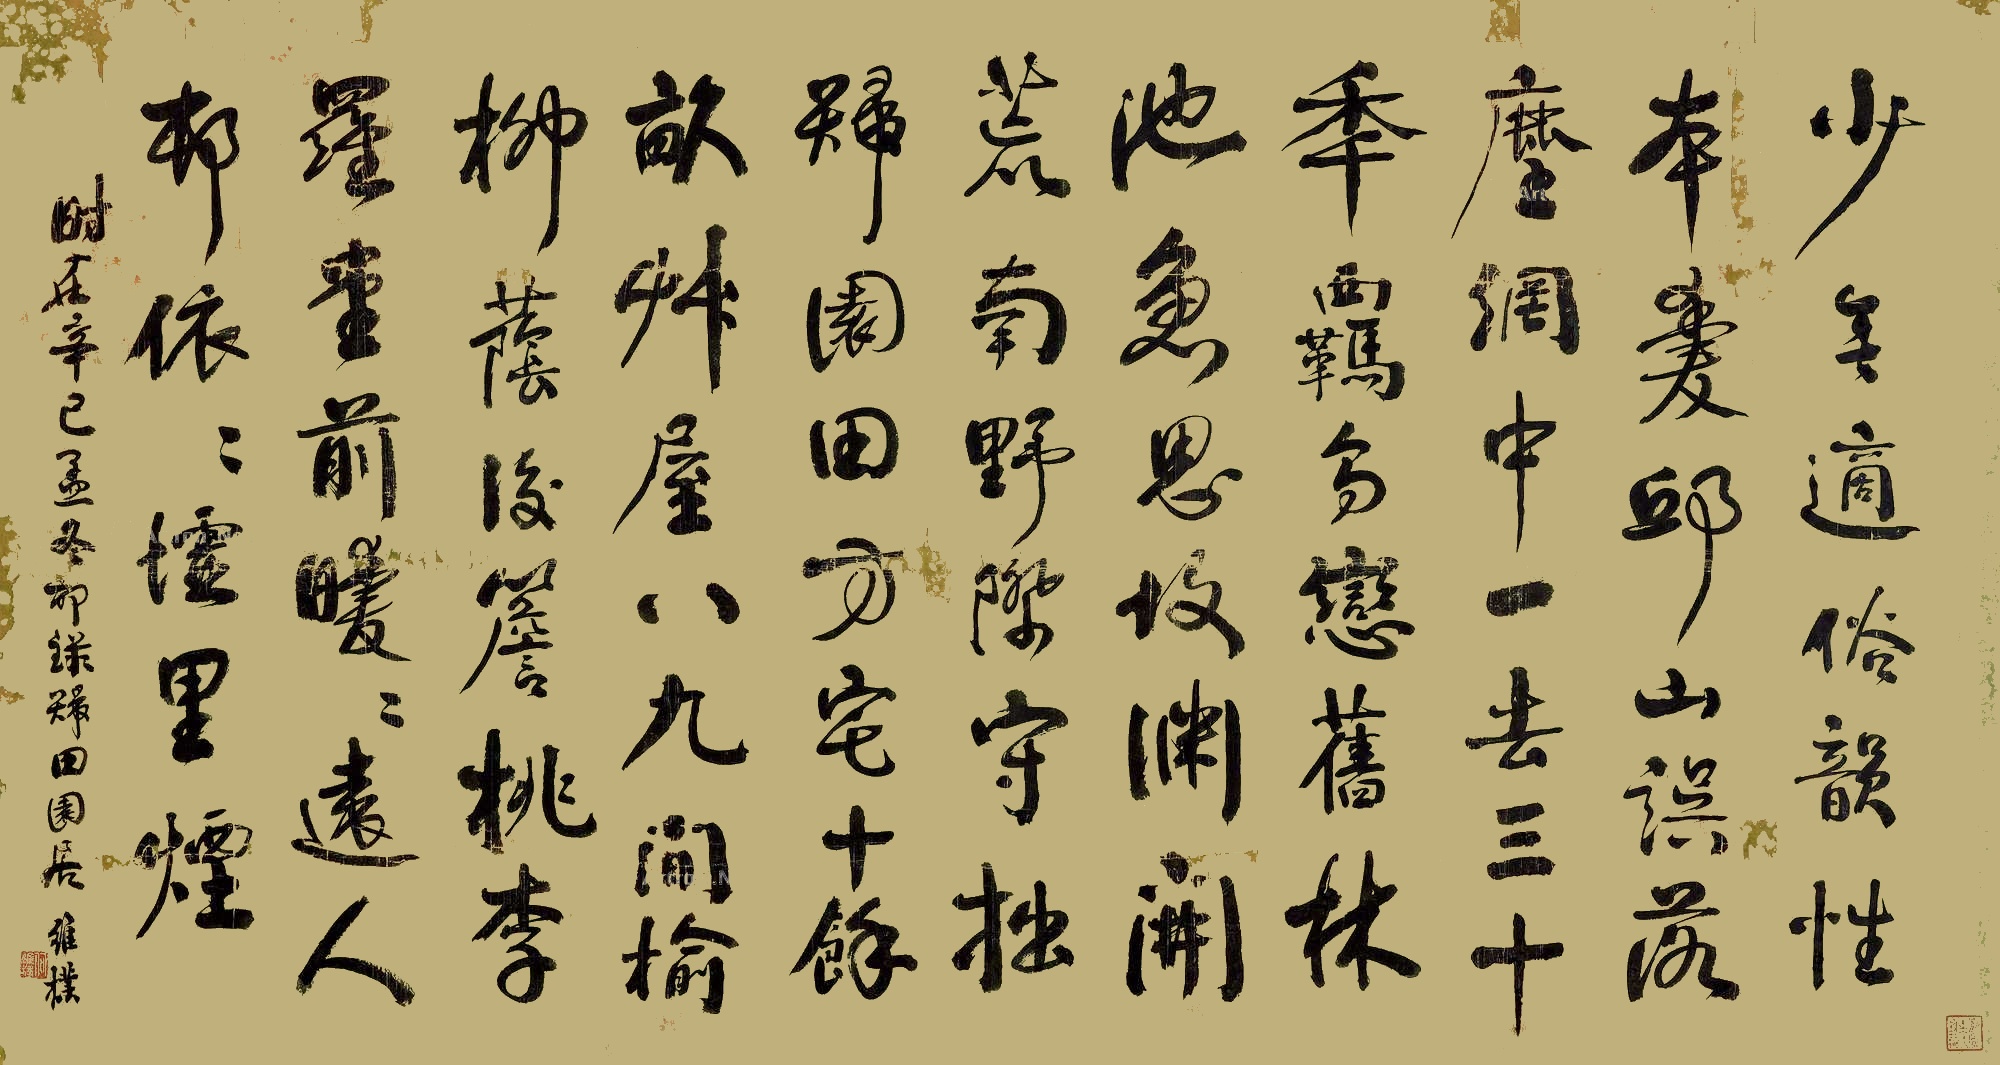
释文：少无适俗韵，性本爱丘山。误落尘网中，一去三十年。羁鸟恋旧林，池鱼思故渊。开荒南野际，守拙归园田。方宅十余亩，草屋八九间。榆柳荫后檐，桃李罗堂前。暧暧远人村，依依墟里烟。时在辛巳（1881年）孟冬节录《归田园居》，维朴。